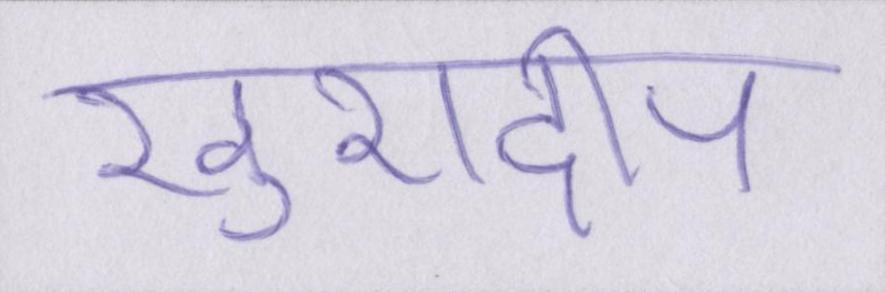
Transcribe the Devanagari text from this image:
खुशदीप